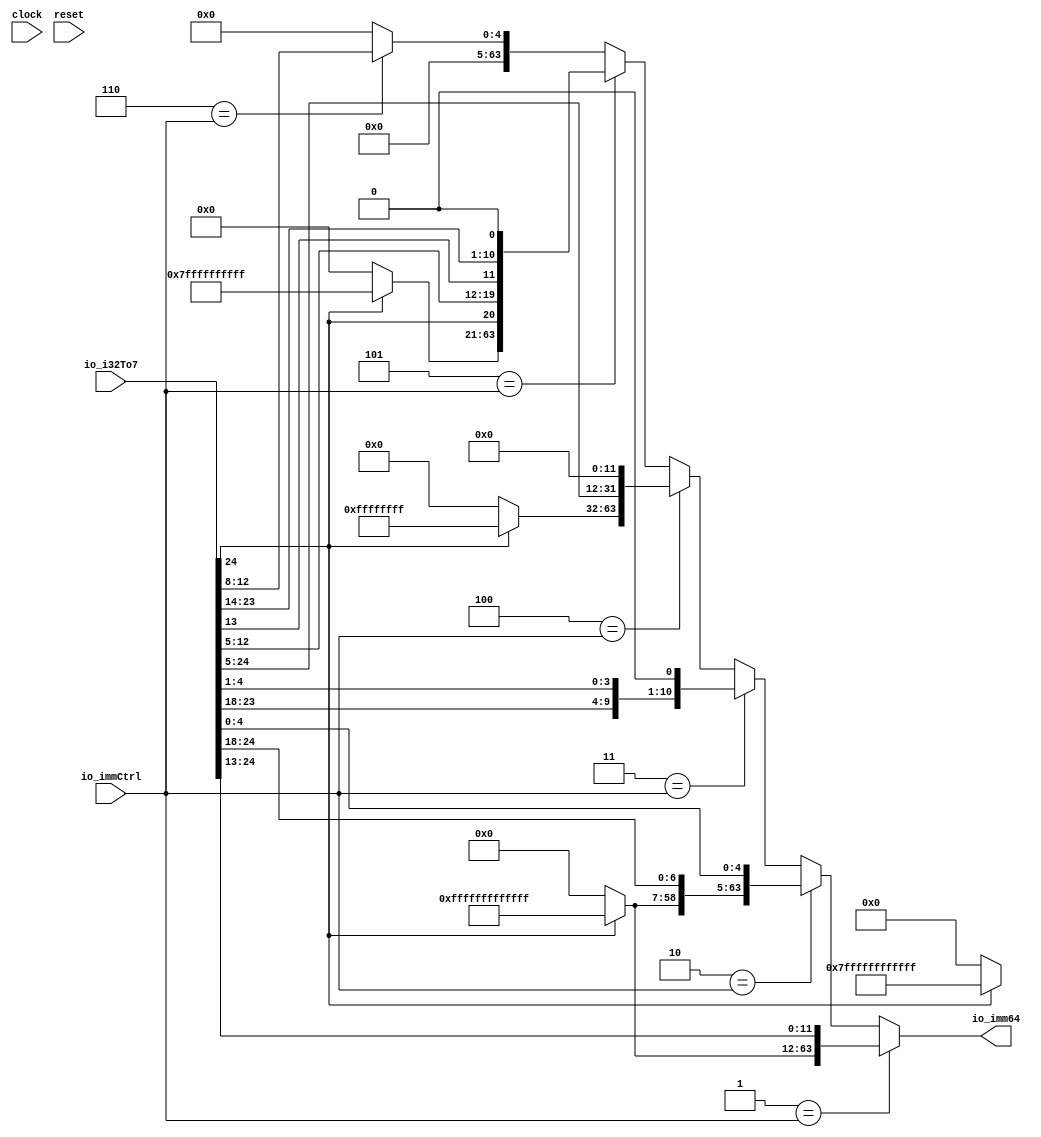
module immSext(
  input         clock,
  input         reset,
  input  [24:0] io_i32To7,
  input  [2:0]  io_immCtrl,
  output [63:0] io_imm64
);
  wire [51:0] _out_T_2 = io_i32To7[24] ? 52'hfffffffffffff : 52'h0; // @[Bitwise.scala 74:12]
  wire [63:0] _out_T_4 = {_out_T_2,io_i32To7[24:13]}; // @[Cat.scala 31:58]
  wire [63:0] _out_T_10 = {_out_T_2,io_i32To7[24:18],io_i32To7[4:0]}; // @[Cat.scala 31:58]
  wire [50:0] _out_T_13 = io_i32To7[24] ? 51'h7ffffffffffff : 51'h0; // @[Bitwise.scala 74:12]
  wire [63:0] _out_T_18 = {_out_T_13,io_i32To7[24],io_i32To7[0],io_i32To7[23:18],io_i32To7[4:1],1'h0}; // @[Cat.scala 31:58]
  wire [31:0] _out_T_21 = io_i32To7[24] ? 32'hffffffff : 32'h0; // @[Bitwise.scala 74:12]
  wire [63:0] _out_T_23 = {_out_T_21,io_i32To7[24:5],12'h0}; // @[Cat.scala 31:58]
  wire [42:0] _out_T_26 = io_i32To7[24] ? 43'h7ffffffffff : 43'h0; // @[Bitwise.scala 74:12]
  wire [63:0] _out_T_31 = {_out_T_26,io_i32To7[24],io_i32To7[12:5],io_i32To7[13],io_i32To7[23:14],1'h0}; // @[Cat.scala 31:58]
  wire [63:0] _out_T_34 = {59'h0,io_i32To7[12:8]}; // @[Cat.scala 31:58]
  wire [63:0] _GEN_0 = 3'h6 == io_immCtrl ? _out_T_34 : 64'h0; // @[immSext.scala 20:20 37:17]
  wire [63:0] _GEN_1 = 3'h5 == io_immCtrl ? _out_T_31 : _GEN_0; // @[immSext.scala 20:20 34:17]
  wire [63:0] _GEN_2 = 3'h4 == io_immCtrl ? _out_T_23 : _GEN_1; // @[immSext.scala 20:20 31:17]
  wire [63:0] _GEN_3 = 3'h3 == io_immCtrl ? _out_T_18 : _GEN_2; // @[immSext.scala 20:20 28:17]
  wire [63:0] _GEN_4 = 3'h2 == io_immCtrl ? _out_T_10 : _GEN_3; // @[immSext.scala 20:20 25:17]
  assign io_imm64 = 3'h1 == io_immCtrl ? _out_T_4 : _GEN_4; // @[immSext.scala 20:20 22:17]
endmodule